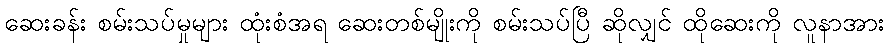
ဆေးခန်း စမ်းသပ်မှုများ ထုံးစံအရ ဆေးတစ်မျိုးကို စမ်းသပ်ပြီ ဆိုလျှင် ထိုဆေးကို လူနာအား